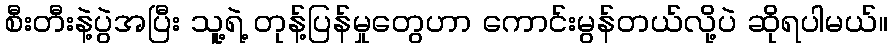
စီးတီးနဲ့ပွဲအပြီး သူ့ရဲ့ တုန့်ပြန်မှုတွေဟာ ကောင်းမွန်တယ်လို့ပဲ ဆိုရပါမယ်။